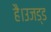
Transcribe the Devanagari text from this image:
है।उजड्ड